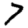
Digit: 7